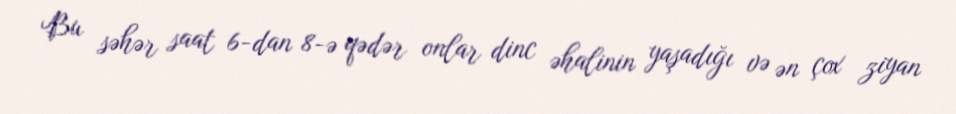
Bu səhər saat 6-dan 8-ə qədər onlar dinc əhalinin yaşadığı və ən çox ziyan